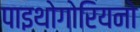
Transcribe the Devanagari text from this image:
पाइथोगोरियनो